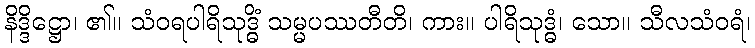
နိဒ္ဒိဋ္ဌော၊ ၏။ သံဝရပါရိသုဒ္ဓိံ သမ္မပဿတီတိ၊ ကား။ ပါရိသုဒ္ဓံ၊ သော။ သီလသံဝရံ၊